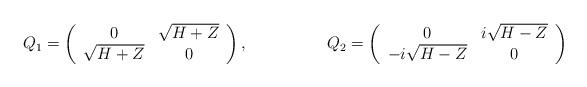
LaTeX: \begin{align*}Q_1=\left( \begin{array}{cc} 0 & \sqrt{H+Z} \\ \sqrt{H+Z} & 0 \\ \end{array} \right), \hspace{2cm}Q_2=\left( \begin{array}{cc} 0 & i \sqrt{H-Z} \\ -i \sqrt{H-Z} & 0 \\ \end{array} \right)\end{align*}